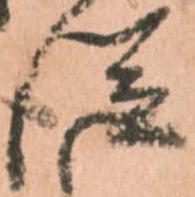
従